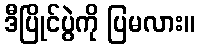
ဒီပြိုင်ပွဲကို ပြမလား။